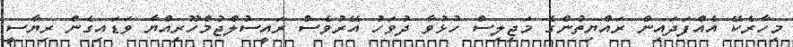
މިހާރެކޭ އެއްފަދައިން ރައްޔިތުންގެ މަޖިލިސް ހުޅުވާ ދުވަހު އޭރުވެސް ރައީސުލްޖުމްހޫރިއްޔާ ވަޑައިގެން ރިޔާސީ